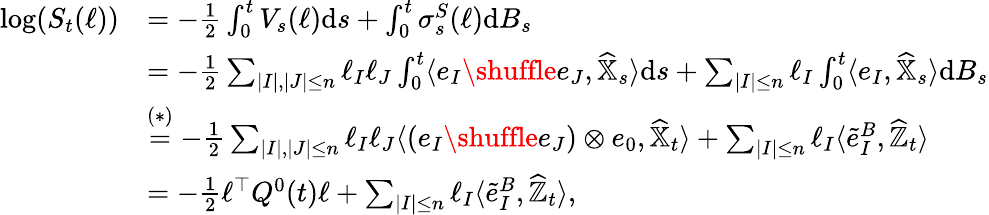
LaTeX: \begin{array}{rl}{\log(S_{t}(\ell))}&{=-\frac{1}{2}\int_{0}^{t}V_{s}(\ell){\mathrm{d}}s+\int_{0}^{t}\sigma_{s}^{S}(\ell){\mathrm{d}}B_{s}}\\ &{=-\frac{1}{2}\sum_{|I|,|J|\le n}\ell_{I}\ell_{J}\int_{0}^{t}\langle e_{I}\shuffle e_{J},\widehat{\mathbb{X}}_{s}\rangle{\mathrm{d}}s+\sum_{|I|\le n}\ell_{I}\int_{0}^{t}\langle e_{I},\widehat{\mathbb{X}}_{s}\rangle\mathrm{d}B_{s}}\\ &{\stackrel{(\ast)}=-\frac{1}{2}\sum_{|I|,|J|\le n}\ell_{I}\ell_{J}\langle(e_{I}\shuffle e_{J})\otimes e_{0},\widehat{\mathbb{X}}_{t}\rangle+\sum_{|I|\le n}\ell_{I}\langle\tilde{e}_{I}^{B},\widehat{\mathbb{Z}}_{t}\rangle}\\ &{=-\frac{1}{2}\ell^{\top}Q^{0}(t)\ell+\sum_{|I|\le n}\ell_{I}\langle\tilde{e}_{I}^{B},\widehat{\mathbb{Z}}_{t}\rangle,}\end{array}